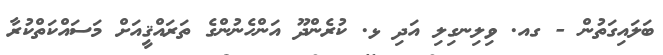
ބަލައިގަތުން - ގއ. ވިލިނގިލި އަދި ޅ. ކުރެންދޫ އަންހެނުންގެ ތަރައްޤީއަށް މަސައްކަތްކުރާ